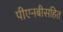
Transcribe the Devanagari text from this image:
पीएनबीसहित